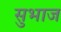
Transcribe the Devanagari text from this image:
सुभाज